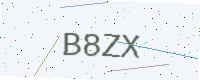
Text: B8ZX